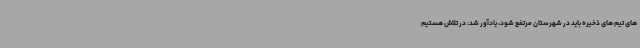
های تیم های ذخیره باید در شهرستان مرتفع شود، یادآور شد: در تلاش هستیم